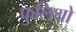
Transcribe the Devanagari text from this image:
फुलियो